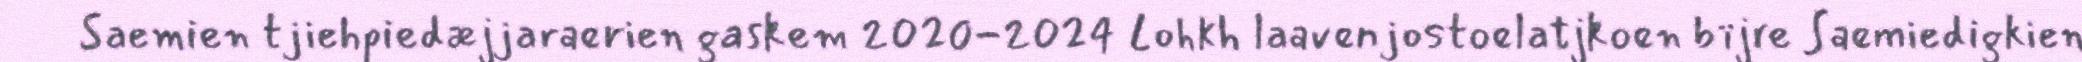
Saemien tjiehpiedæjjaraerien gaskem 2020-2024 Lohkh laavenjostoelatjkoen bïjre Saemiedigkien